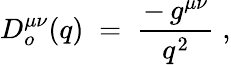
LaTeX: D_{o}^{\mu\nu}(q)\; =\; {\frac{-\, g^{\mu\nu}}{q^{2}}}\; ,